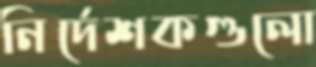
নির্দেশকগুলো